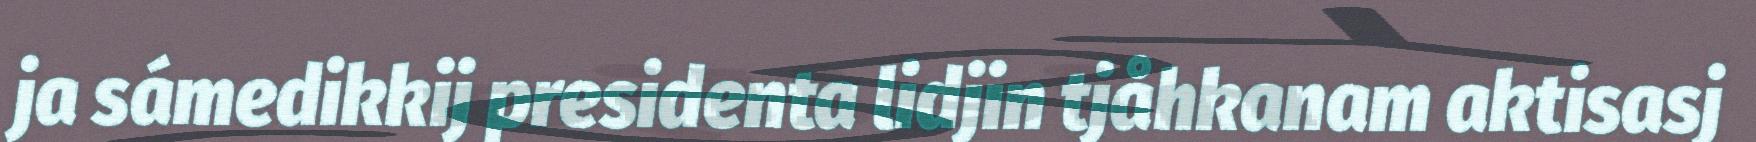
ja sámedikkij presidenta lidjin tjåhkanam aktisasj